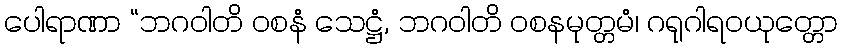
ပေါရာဏာ “ဘဂဝါတိ ဝစနံ သေဋ္ဌံ, ဘဂဝါတိ ဝစနမုတ္တမံ၊ ဂရုဂါရဝယုတ္တော